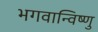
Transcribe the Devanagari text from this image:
भगवान्विष्णु